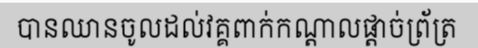
បានឈានចូលដល់វគ្គពាក់កណ្តាលផ្តាច់ព្រ័ត្រ